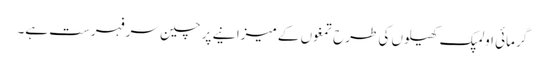
گرمائی اولمپک کھیلوں کی طرح تمغوں کے میزانیے پر چین سر فہرست ہے۔